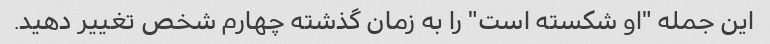
این جمله "او شکسته است" را به زمان گذشته چهارم شخص تغییر دهید.